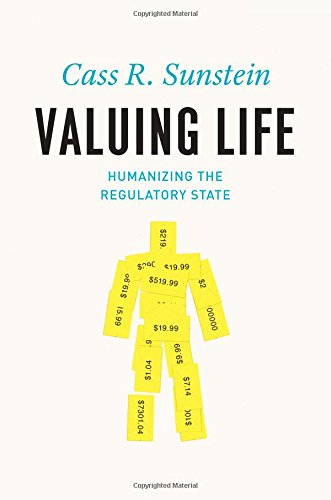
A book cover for Valuing Life: Humanizing the Regulatory State; Cass R. Sunstein; Law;